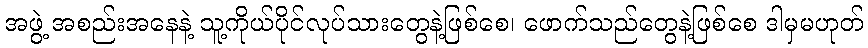
အဖွဲ့ အစည်းအနေနဲ့ သူ့ကိုယ်ပိုင်လုပ်သားတွေနဲ့ဖြစ်စေ၊ ဖောက်သည်တွေနဲ့ဖြစ်စေ ဒါမှမဟုတ်